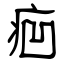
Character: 㾎